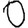
Digit: 0